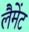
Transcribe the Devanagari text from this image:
लैमेंट